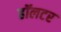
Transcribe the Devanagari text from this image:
हॉलटर